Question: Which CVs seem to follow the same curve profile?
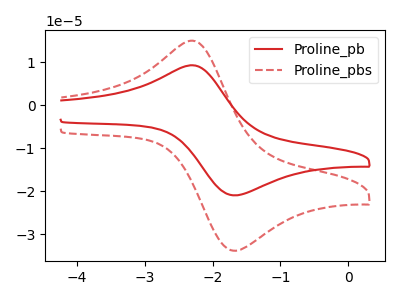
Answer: <think>The red curve "Proline_pb" has an anodic peak at (-2.25V, 9.15uA) and a cathodic peak at (-1.65V, -20.90uA). The red dashed curve "Proline_pbs" has an anodic peak at (-2.25V, 14.80uA) and a cathodic peak at (-1.65V, -33.80uA).
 All the peaks in "Proline_pb" have a peak in "Proline_pbs" at the same potential. Every peak in "Proline_pb" is lower than every peak in "Proline_pbs".</think>
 <answer>"Proline_pbs" and "Proline_pb" have the same shape and are likely CV's of the same chemical.</answer>
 <eval>"Proline_pbs" "Proline_pb"</eval>